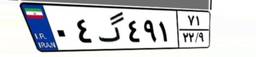
۴۰گ۰۴۶۵۸